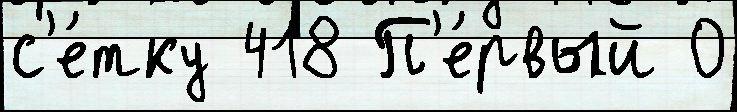
с'е́тку 418 П'е́рвый 0